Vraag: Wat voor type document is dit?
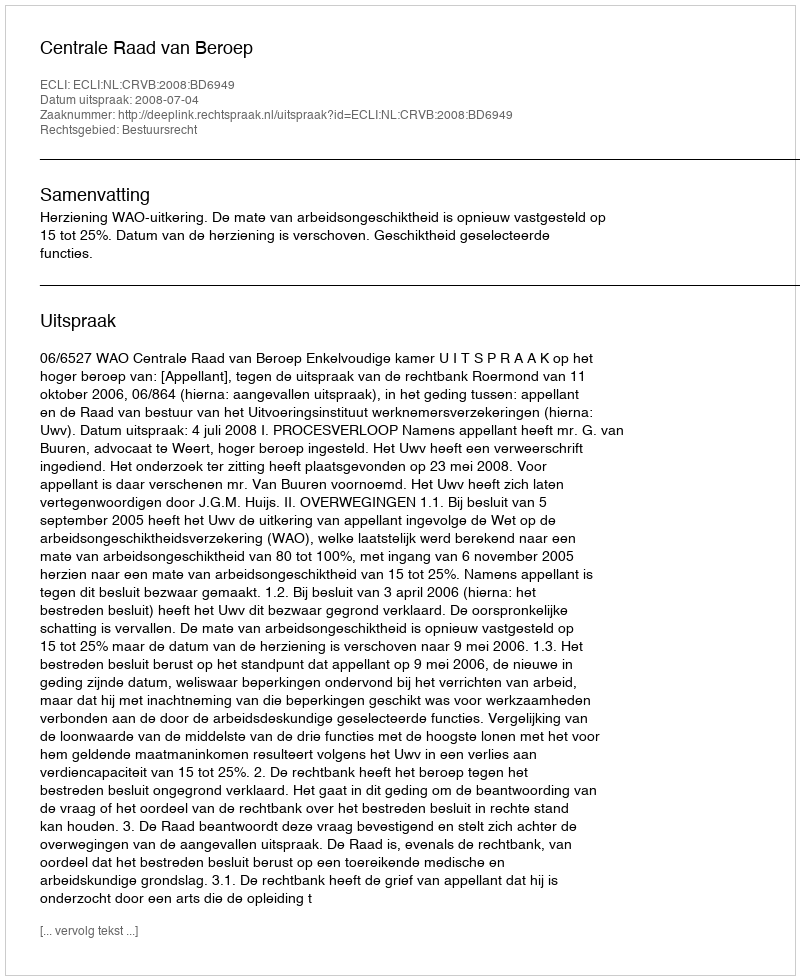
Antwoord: Uitspraak